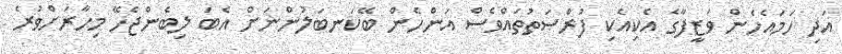
އަދި ހަމައެހެން ވަޒީފާގެ އެކިއެކި ފުރްޞަތުތައްވެސް އަންހެން ބޭކަނބަލުންނަށް އެބަ ލިބެންޖެހޭ މިހާރަށްވުރެ